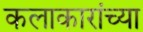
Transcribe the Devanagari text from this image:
कलाकारांच्‍या